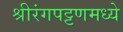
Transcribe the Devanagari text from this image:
श्रीरंगपट्टणमध्ये